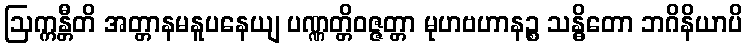
ဩက္ကန္တီတိ အတ္တာနမနူပနေယျ ပဏ္ဏတ္တိဝဇ္ဇတ္တာ မုဟဗဟာနဉ္စ သန္ဓိတော ဘဂိနိယာပိ